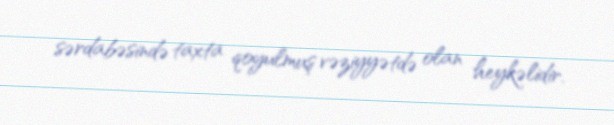
sərdabəsində taxta qoyulmuş vəziyyətdə olan heykəlidir.